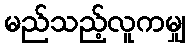
မည်သည့်လူကမျှ